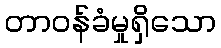
တာဝန်ခံမှုရှိသော